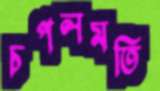
চপলমতি